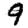
Digit: 9